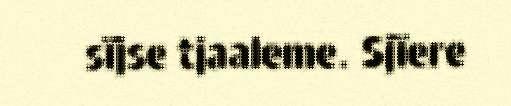
sïjse tjaaleme. Sjïere